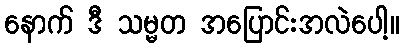
နောက် ဒီ သမ္မတ အပြောင်းအလဲပေါ့။